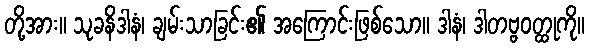
တို့အား။ သုခနိဒါနံ၊ ချမ်းသာခြင်း၏ အကြောင်းဖြစ်သော။ ဒါနံ၊ ဒါတဗ္ဗဝတ္ထုကို။